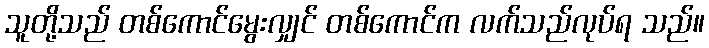
သူတို့သည် တစ်ကောင်မွေးလျှင် တစ်ကောင်က လက်သည်လုပ်ရ သည်။